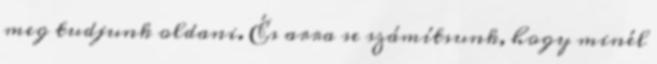
meg tudjunk oldani. És arra se számítsunk, hogy minél